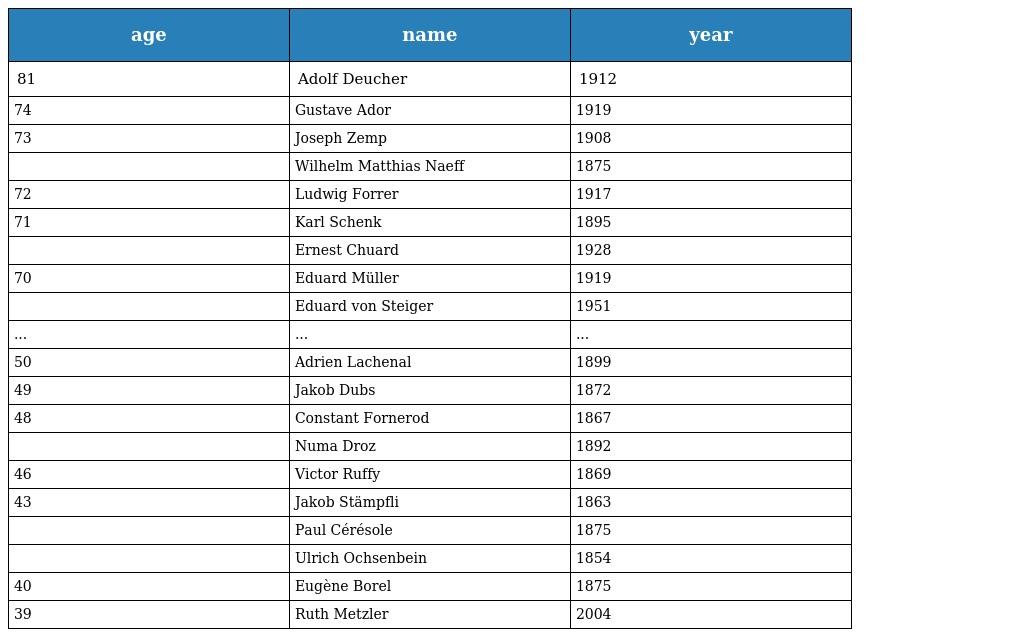
| age | name | year |
 | --- | --- | --- |
 | 81 | Adolf Deucher | 1912 |
 | 74 | Gustave Ador | 1919 |
 | 73 | Joseph Zemp | 1908 |
 |  | Wilhelm Matthias Naeff | 1875 |
 | 72 | Ludwig Forrer | 1917 |
 | 71 | Karl Schenk | 1895 |
 |  | Ernest Chuard | 1928 |
 | 70 | Eduard Müller | 1919 |
 |  | Eduard von Steiger | 1951 |
 | ... | ... | ... |
 | 50 | Adrien Lachenal | 1899 |
 | 49 | Jakob Dubs | 1872 |
 | 48 | Constant Fornerod | 1867 |
 |  | Numa Droz | 1892 |
 | 46 | Victor Ruffy | 1869 |
 | 43 | Jakob Stämpfli | 1863 |
 |  | Paul Cérésole | 1875 |
 |  | Ulrich Ochsenbein | 1854 |
 | 40 | Eugène Borel | 1875 |
 | 39 | Ruth Metzler | 2004 |